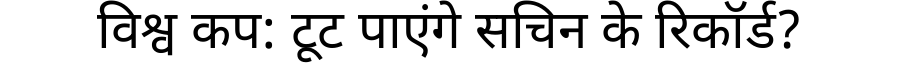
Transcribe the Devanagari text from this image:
विश्व कप: टूट पाएंगे सचिन के रिकॉर्ड?